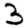
Digit: 3